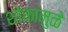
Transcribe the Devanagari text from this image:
शोकामुळे